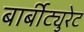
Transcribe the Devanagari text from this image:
बार्बीट्युरेट